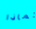
لماذا